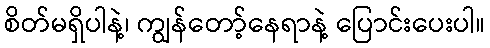
စိတ်မရှိပါနဲ့၊ ကျွန်တော့်နေရာနဲ့ ပြောင်းပေးပါ။